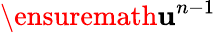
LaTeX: \ensuremath{\mathbf{u}}^{n-1}